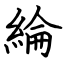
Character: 綸